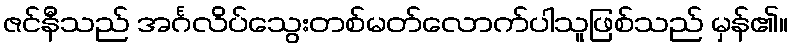
ဇင်နီသည် အင်္ဂလိပ်သွေးတစ်မတ်လောက်ပါသူဖြစ်သည် မှန်၏။